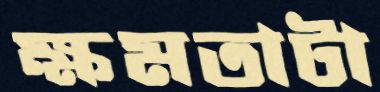
ক্ষমতাটা